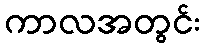
ကာလအတွင်း